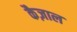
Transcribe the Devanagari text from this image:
कैज़ाल